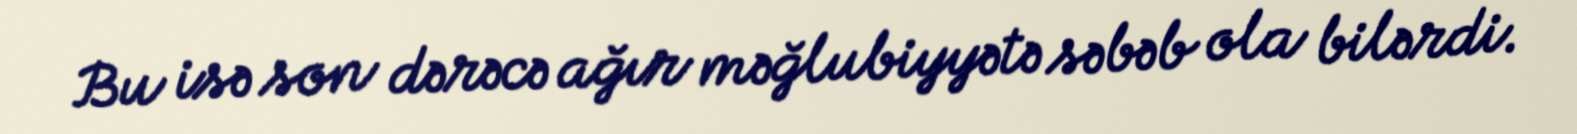
Bu isə son dərəcə ağır məğlubiyyətə səbəb ola bilərdi.